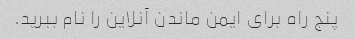
پنج راه برای ایمن ماندن آنلاین را نام ببرید.